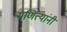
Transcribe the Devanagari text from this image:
गणित्यांनी